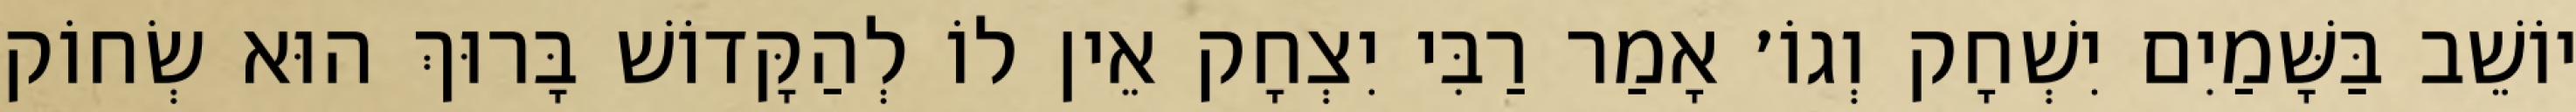
יוֹשֵׁב בַּשָּׁמַיִם יִשְׁחָק וְגוֹ׳ אָמַר רַבִּי יִצְחָק אֵין לוֹ לְהַקָּדוֹשׁ בָּרוּךְ הוּא שְׂחוֹק